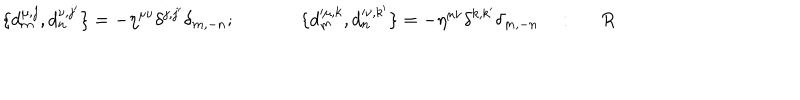
\{ d _ { m } ^ { \mu , j } , d _ { n } ^ { \nu , j ^ { \prime } } \} = - \eta ^ { \mu \nu } \delta ^ { j , j ^ { \prime } } \delta _ { m , - n } ; ~ ~ \{ d _ { m } ^ { \mu , k } , d _ { n } ^ { \nu , k ^ { \prime } } \} = - \eta ^ { \mu \nu } \delta ^ { k , k ^ { \prime } } \delta _ { m , - n } ~ : R